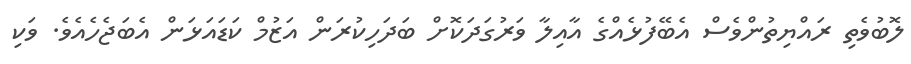
ލޮބުވެތި ރައްޔިތުންވެސް އެބޭފުޅެއްގެ އާއިލާ ވަރުގަދަކޮށް ބަދަހިކުރަން އަޒުމް ކަޑައަޅަން އެބަޖެހެއެވެ. ވަކި